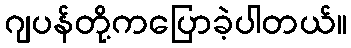
ဂျပန်တို့ကပြောခဲ့ပါတယ်။